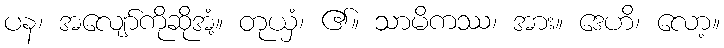
ပန၊ အလျော်ကိုဆိုအံ့။ တုယှံ၊ ၏။ သာမိကဿ၊ အား။ ဒေဟိ၊ လော့။